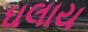
ઘલાય